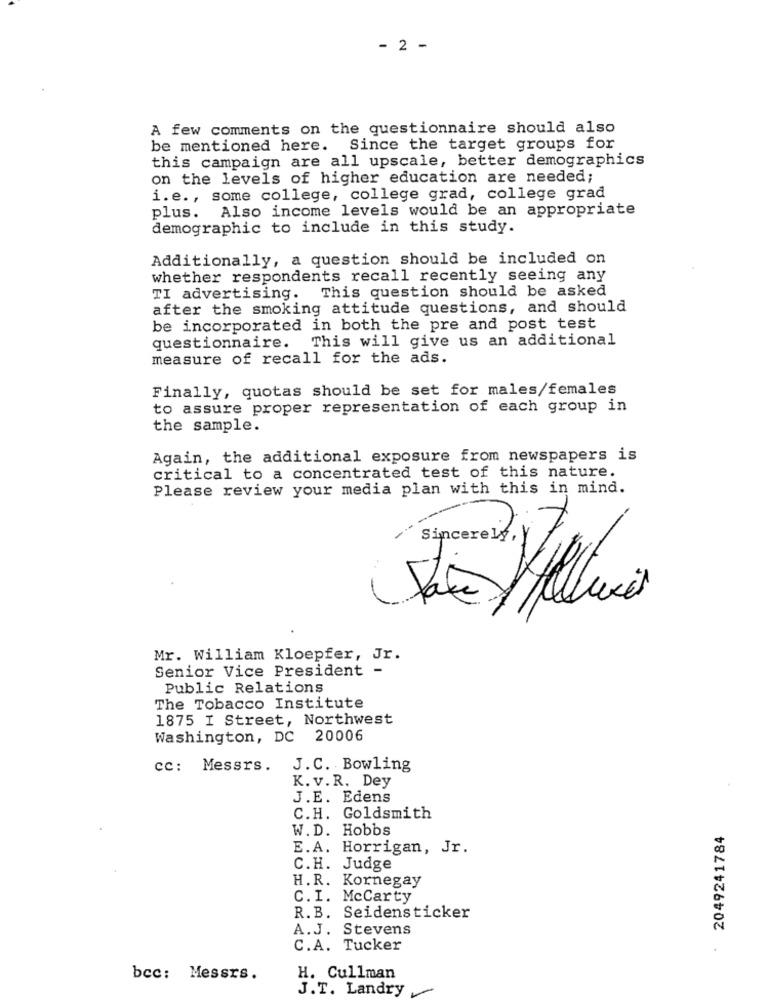
- 2 -
A few comments on the questionnaire should also
be mentioned here. Since the target groups for
this campaign are all upscale, better demographics
on the levels of higher education are needed;
i.e ., some college, college grad, college grad
Also income levels would be an appropriate
plus.
demographic to include in this study.
Additionally, a question should be included on
whether respondents recall recently seeing any
TI advertising. This question should be asked
after the smoking attitude questions, and should
be incorporated in both the pre and post test
questionnaire. This will give us an additional
measure of recall for the ads.
Finally, quotas should be set for males/females
to assure proper representation of each group in
the sample.
Again, the additional exposure from newspapers is
critical to a concentrated test of this nature.
Please review your media plan with this in mind.
Sincerely, Y
Mr. William Kloepfer, Jr.
Senior Vice President -
Public Relations
The Tobacco Institute
1875 I Street, Northwest
Washington, DC
20006
cc: Messrs.
J.C. Bowling
K. v.R. Dey
J.E. Edens
C.H. Goldsmith
W.D. Hobbs
2049241784
E.A. Horrigan, Jr.
C.H. Judge
H.R. Kornegay
C.I. McCarty
R.B. Seidensticker
A.J. Stevens
C.A. Tucker
bcc: Messrs.
H. Cullman
J.T. Landry